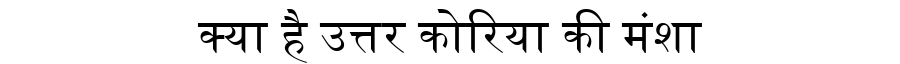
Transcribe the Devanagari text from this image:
क्या है उत्तर कोरिया की मंशा